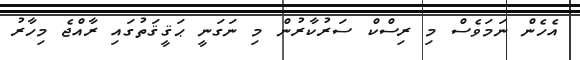
އެހެން ނަމަވެސް މި ރިސްކް ސަރުކާރުން މި ނަގަނީ ޙަޤީޤަތުގައި ރާއްޖެ މިހާރު